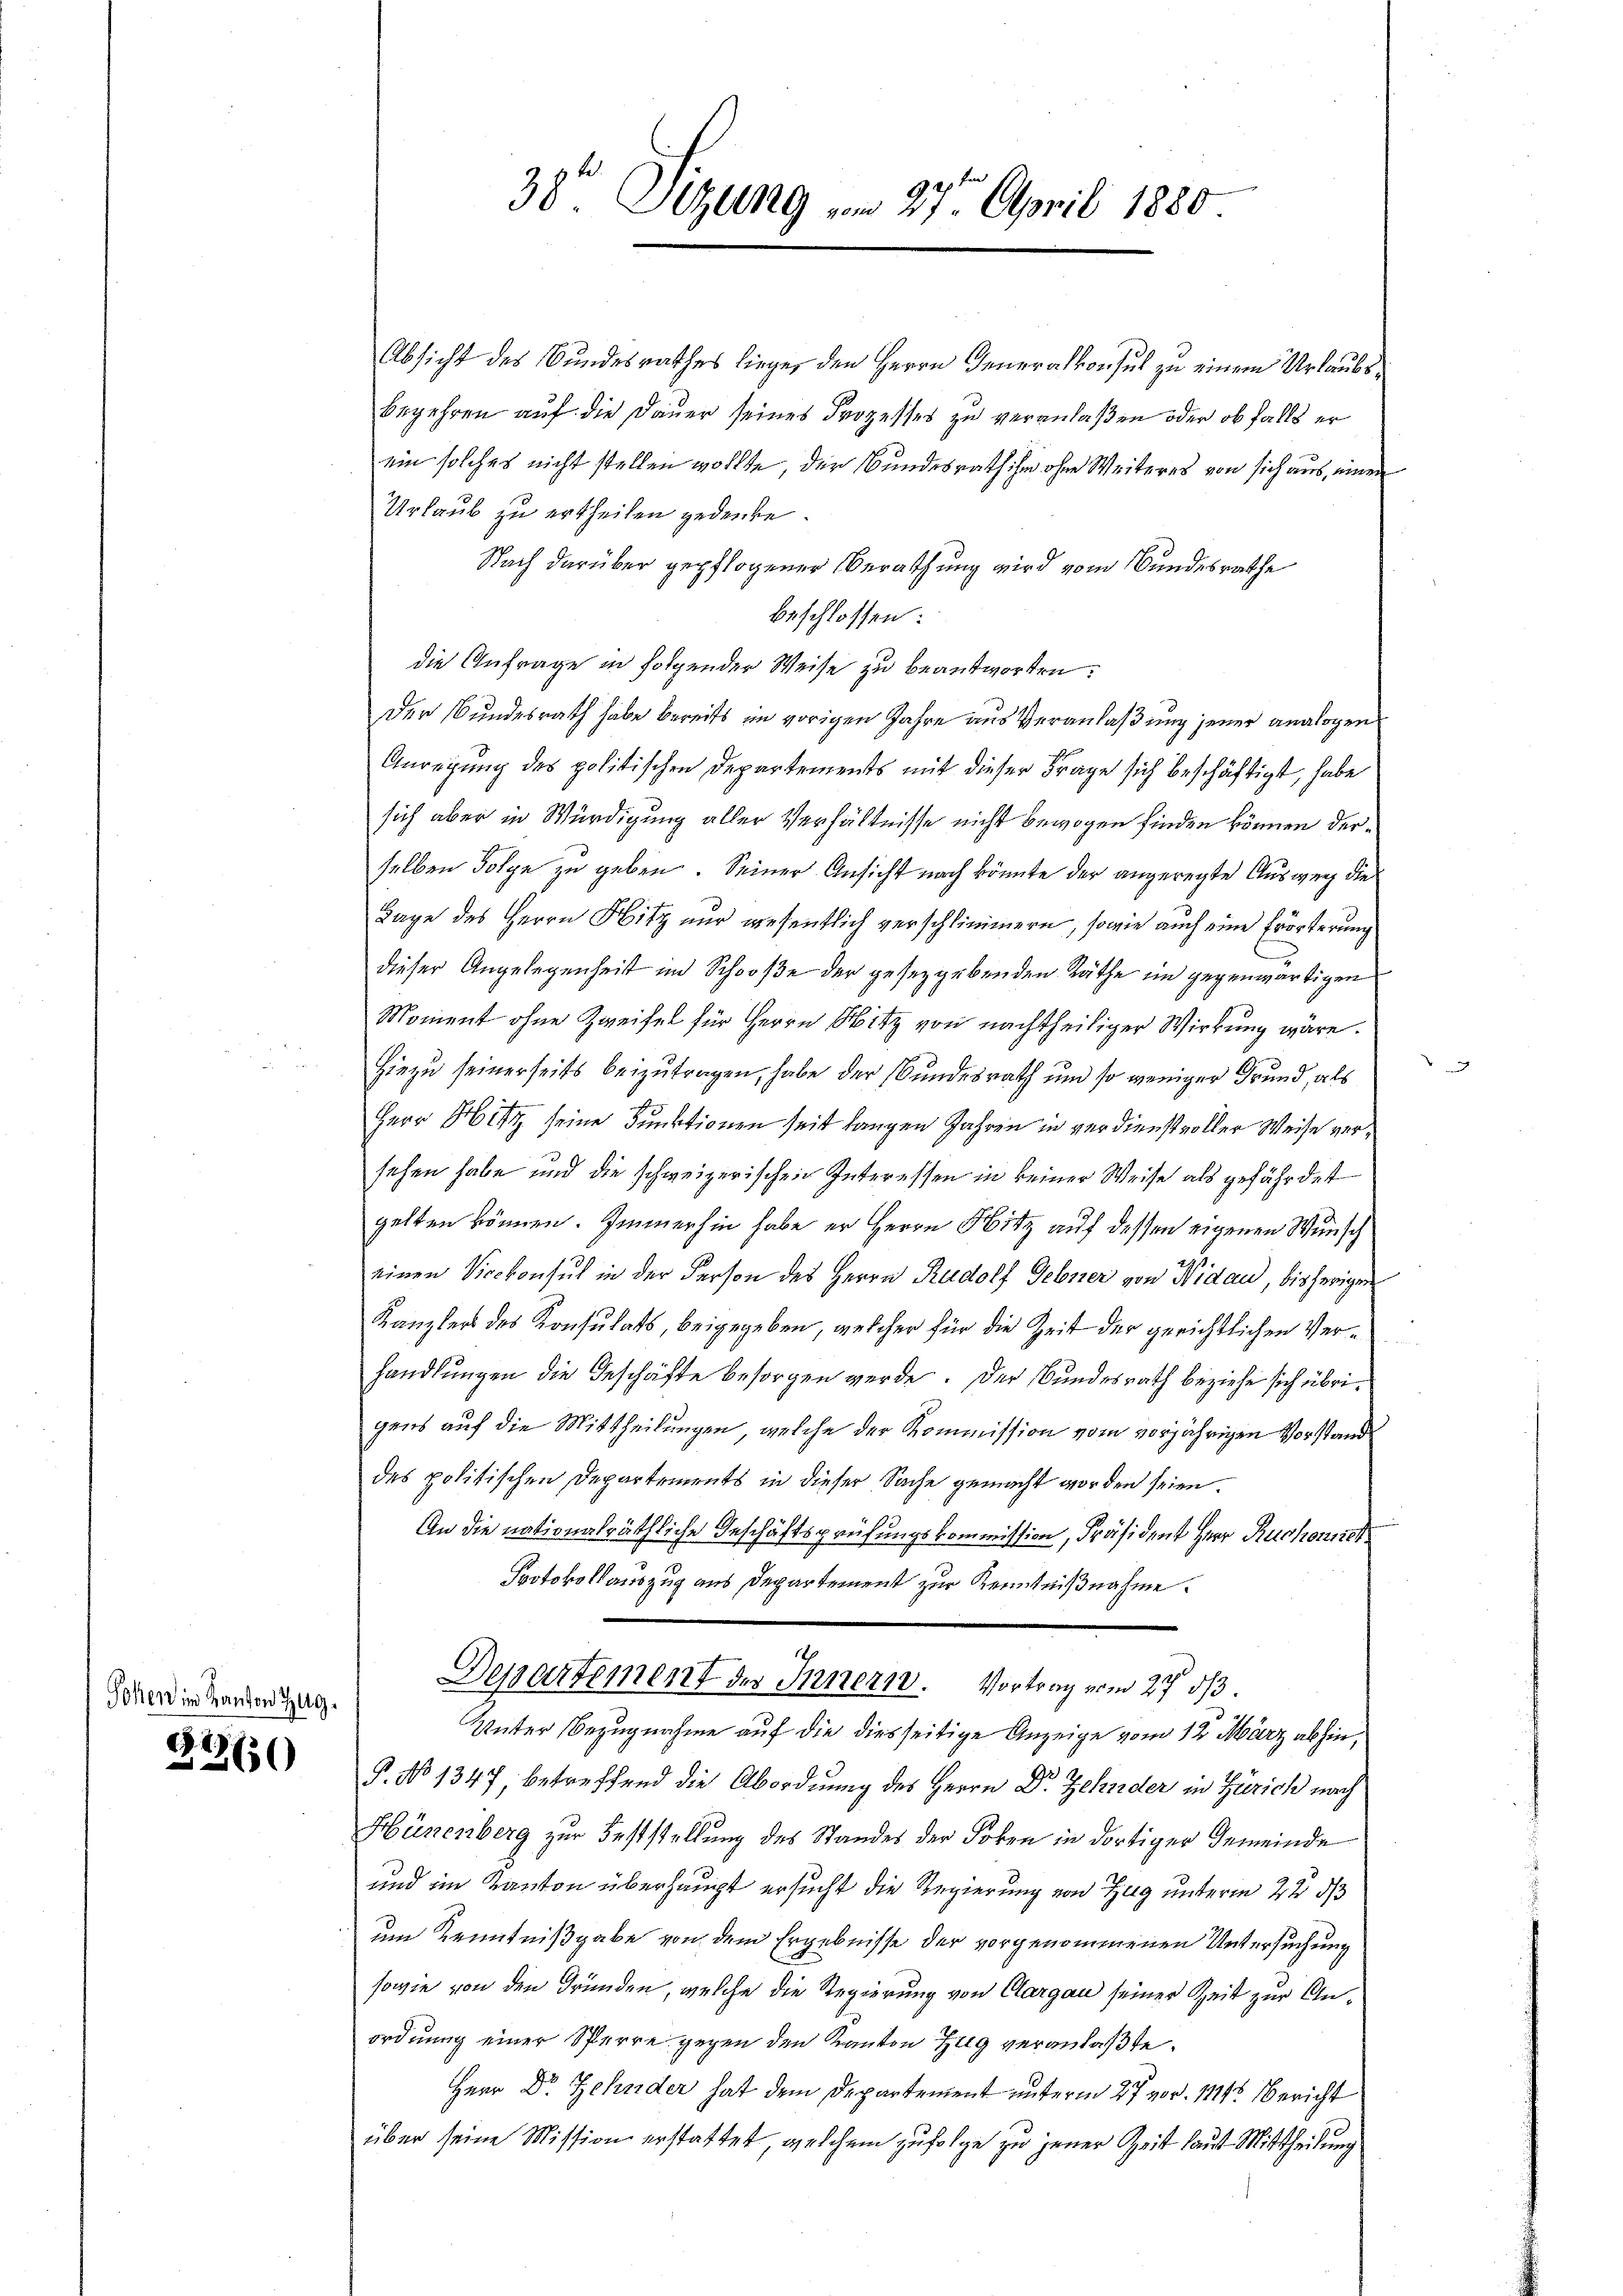
Sohen im Kanton Zug

2
.36)
e

Absicht des Bundesrathes lieger den Herrn Generalkonsul zu einem Urlaubs¬
Begehren auf die Dauer seines Prozesses zu veranlaßen oder ob falls er
ein solches nicht stellen wollte, der Bundesrath ihm ohne Weiteres von sich aus, einen
Urlaub zu ertheilen gedenke.
Nach darüber gepflogener Berathung wird vom Bundesrathe
beschlossen:
die Anfrage in folgender Weise zu beantworten:
Der Bundesrath habe bereits im vorigen Jahre aus Veranlaßung jener analogen
Anregung des politischen Departements mit dieser Frage sich beschäftigt, habe
sich aber in Würdigung aller Verhältnisse nicht bewogen finden können derselben Folge zu geben. Seiner Ansicht nach könnte der angeregte Ausweg die
Tage des Herrn Hitz nur wesentlich verschlimmern, sowie auch eine Erörterung
dieser Angelegenheit im Schooße der gesetzgebenden Räthe im gegenwärtigen
Moment ohne Zweifel für Herrn Witz von nachtheiliger Wirkung wäre.
Hiezu seinerseits beizutragen, habe der Bundesrath und so weniger Grund, als
Herr Hitz seine Funktionen seit langen Jahren in verdienstvoller Weise versehen habe und die schweizerischen Interessen in keiner Weise als gefährdet
gelten können. Immerhin habe er Herrn Hitz auf dessen eigenen Wunsch
einen Vicekonsul in der Person des Herrn Rudolf Gebner von Nidau, bisherigen
Kanzlers des Konsulats, beigegeben, welcher für die Zeit der gerichtlichen Verhandlungen die Geschäfte besorgen werde. Der Bundesrath beziehe sich übrigens auf die Mittheilungen, welche der Kommission vom vorjährigen Vorstande
des politischen Departements in dieser Sache gemacht worden seien.
An die nationalräthliche Geschäftsprüfungskommission, Präsident Herr Ruchowck
Protokollauszug aus Departement zur Kenntnißnahme.

38te Sitzung vom 27. April 1880.

P. No 1347, betreffend die Abordnung des Herrn Dr Zehnder in Zürich nach
Hünenberg zur Feststellung des Standes der Foben in dortiger Gemeinde
und im Kanton überhaupt ersucht die Regierung von Zug unterm 22 d
um Kenntnißgabe von dem Ergebnisse der vorgenommenen Untersuchung
sowie von den Gründen, welche die Regierung von Aargau seiner Zeit zur Anordnung einer Sperre gegen den Kanton Zug veranlaßte.
Herr Dr Zehnder hat dem Departement unterm 27 vor. 1114. Bericht
über seine Mission erstattet, welchem zufolge zu jener Zeit laut Mittheilung

Departement des Innern. Vortrag vom 27. ds.
Unter Bezugnahme auf die diesseitige Anzeige vom 12. März abhin,